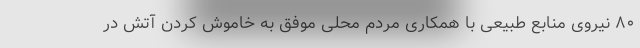
۸۰ نیروی منابع طبیعی با همکاری مردم محلی موفق به خاموش کردن آتش در